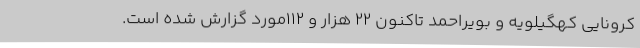
کرونایی کهگیلویه و بویراحمد تاکنون 22 هزار و 112مورد گزارش شده است.